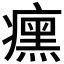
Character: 𬏼